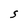
Character: S